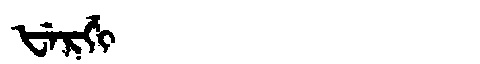
Manchu: ᡶᡝᡵᡤᡳ
Romanization: FERGI